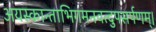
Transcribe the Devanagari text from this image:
अयस्कान्ताभिगमनवत्दुपसर्पणम्।